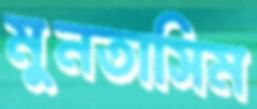
মুনতাসিম